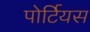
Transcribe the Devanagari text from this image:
पोर्टियस